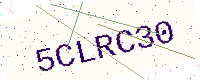
Text: 5CLRC30